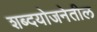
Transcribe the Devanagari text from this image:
शब्दयोजनेतील